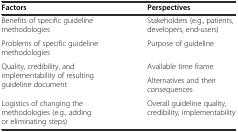
<table><thead><tr><td><b>Factors</b></td><td><b>Perspectives</b></td></tr></thead><tbody><tr><td>Benefits of specific guideline methodologies</td><td>Stakeholders (e.g., patients, developers, end-users)</td></tr><tr><td>Problems of specific guideline methodologies</td><td>Purpose of guideline</td></tr><tr><td rowspan="2">Quality, credibility, and implementability of resulting guideline document</td><td>Available time frame</td></tr><tr><td>Alternatives and their consequences</td></tr><tr><td>Logistics of changing the methodologies (e.g., adding or eliminating steps)</td><td>Overall guideline quality, credibility, implementability</td></tr></tbody></table>